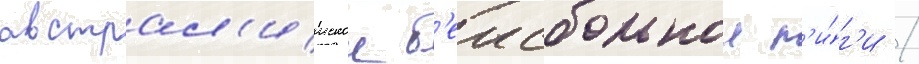
австрал'иискои б'еисбольнои л'и́г'и /